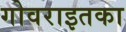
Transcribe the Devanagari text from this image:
गोवराइतका